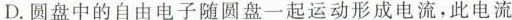
D.圆盘中的自由电子随圆盘一起运动形成电流，此电流